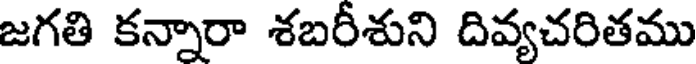
జగతి కన్నారా శబరీశుని దివ్యచరితము